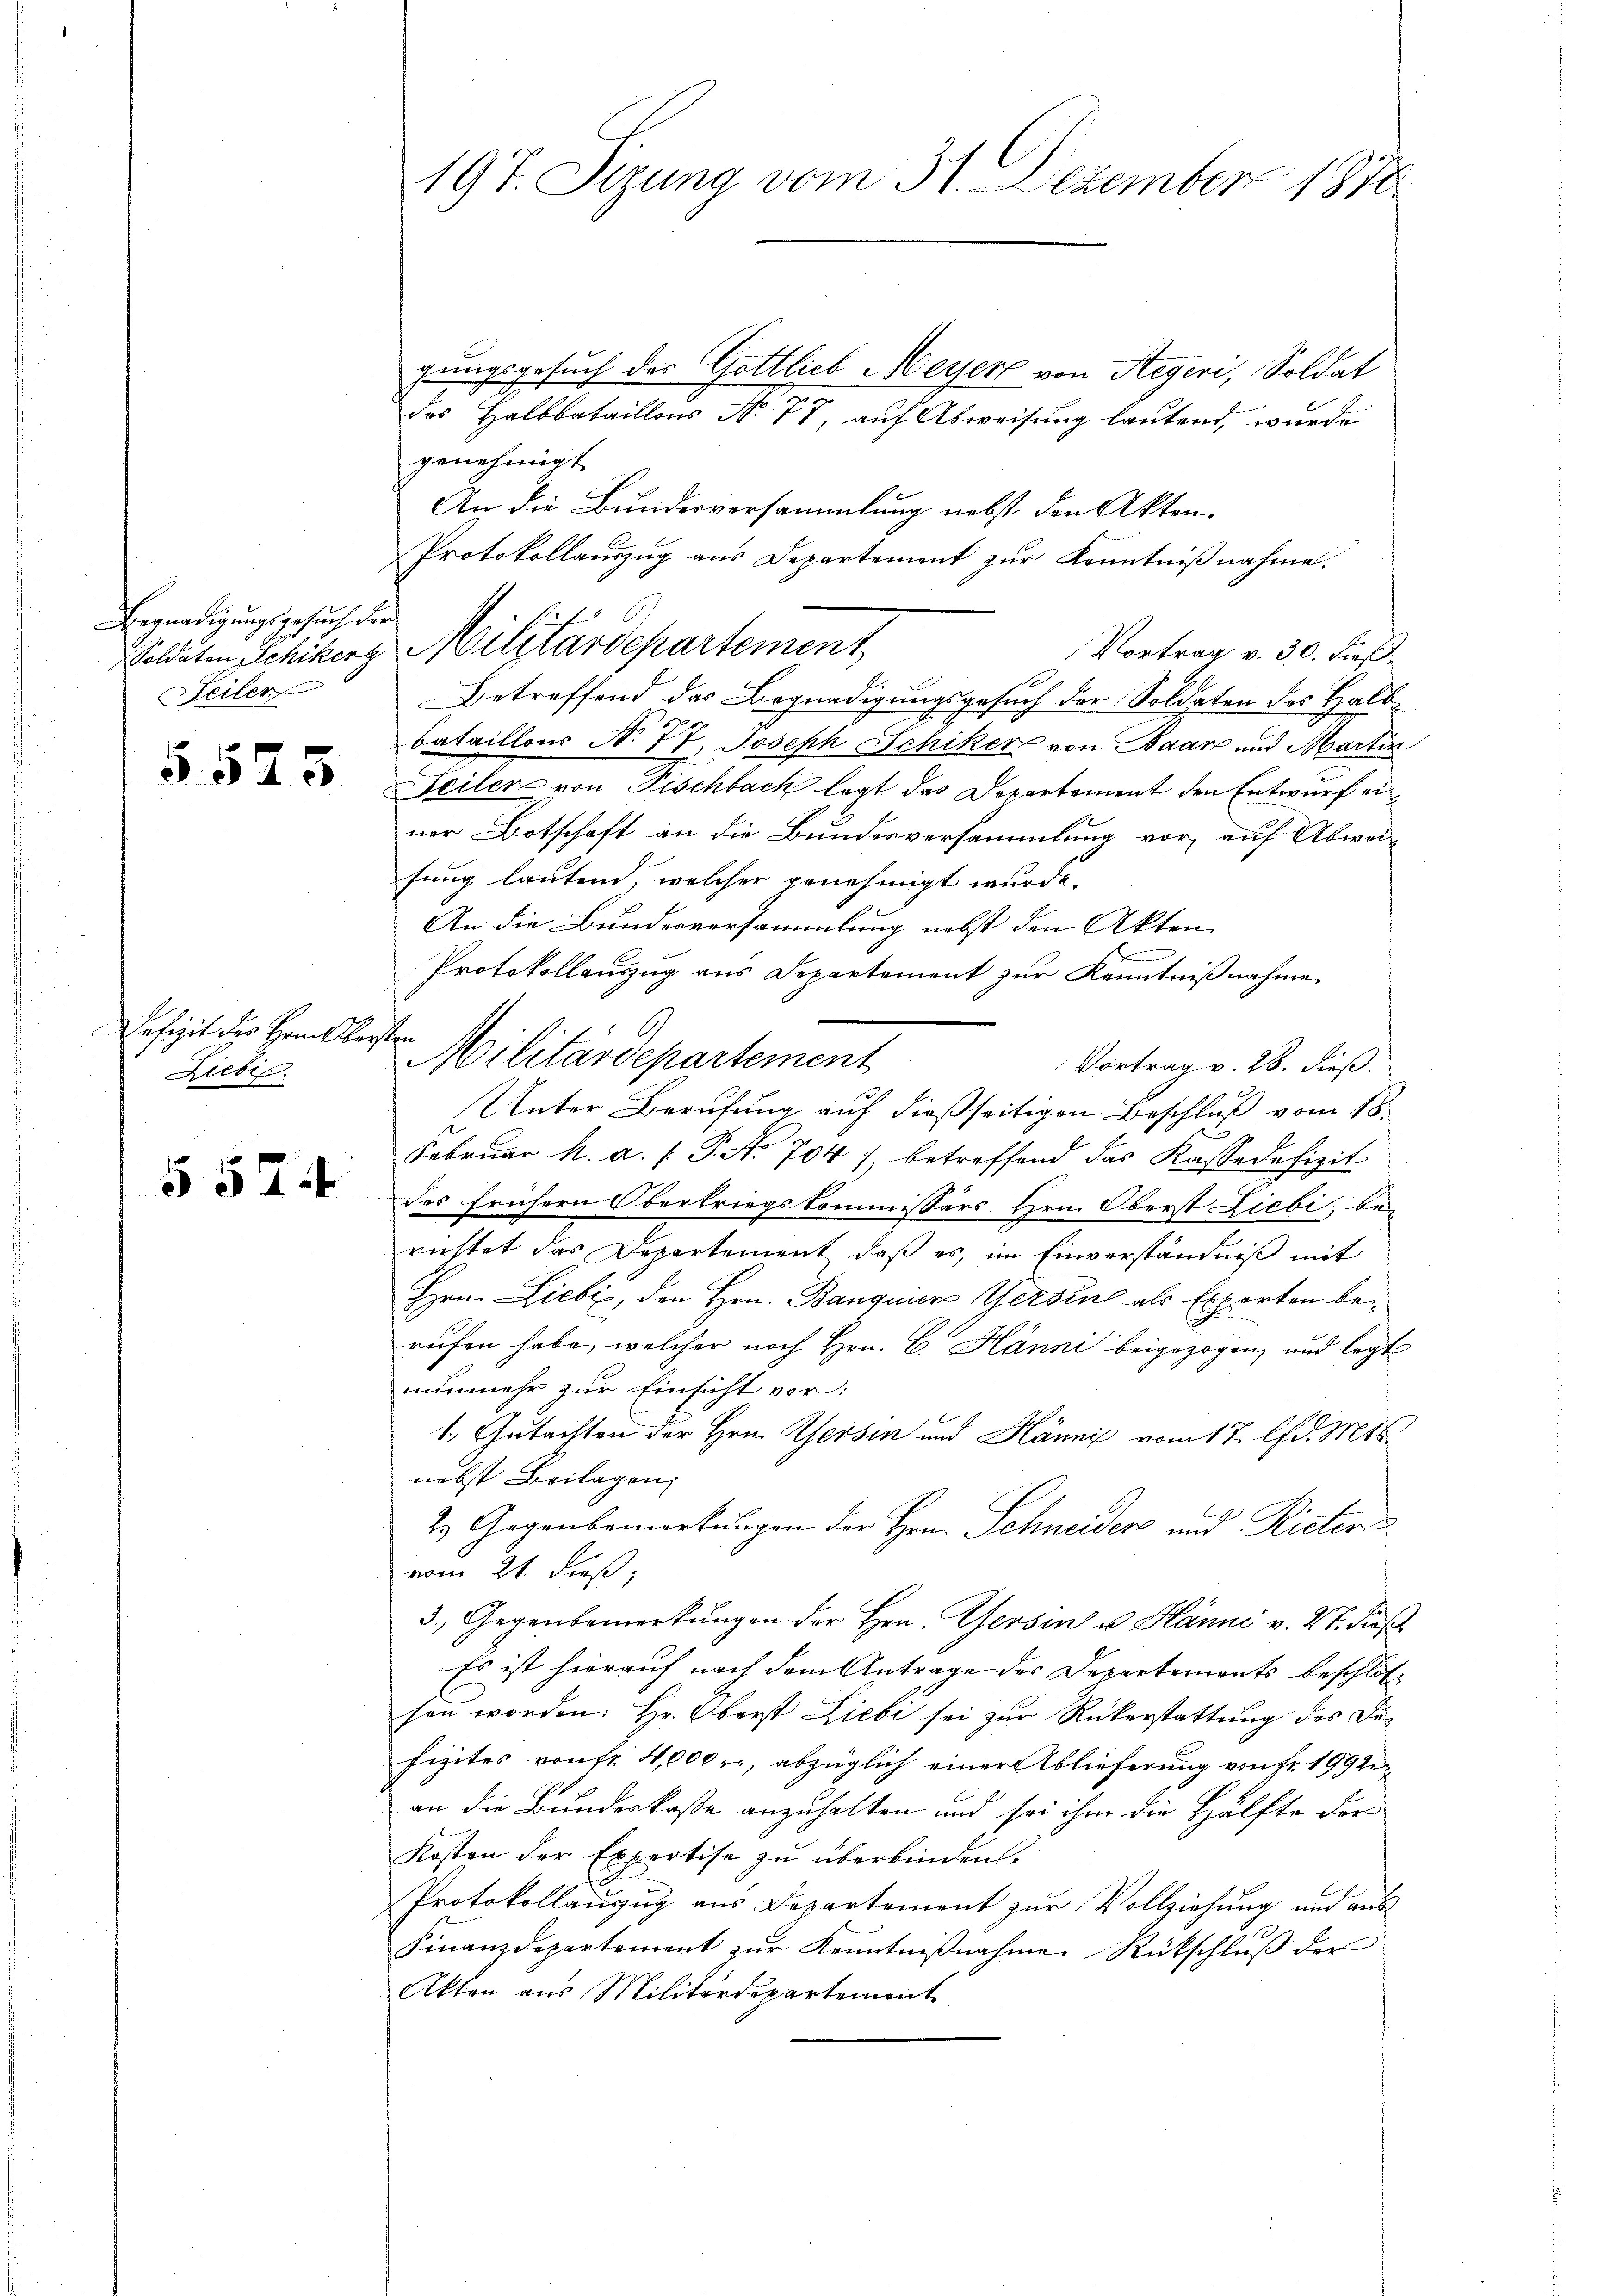
Begnadigungsgesuch der
Soldaten Schikerz
Seiler

5523

Defizit der Heils
Liebig.

§ 524

197. Sizung vom 31. Dezember 1870

gungsgesuch des Gottlieb Meyer von Hegeri, Soldat
des Halbbataillons No 77, auf Abweisung lautend, wurde
genehmigt
An die Bundesversammlung nebst den Akten.
Protokollauszug aus Departement zur Kenntnißnahme.
Militärdepartement
Vortrag v. 30. dieß
Betreffend das Begnadigungsgesuch der Soldaten des Halbbataillons No 77 Joseph Schiker von Baar und Martin
Seiler von Fischbach legt des Departement den Entwurf einer Botschaft an die Bundesversammlung vor auf Abweifung lautend, welcher genehmigt wurde.
An die Bundesversammlung nebst den Akten
n
.
Protokollauszug aus Departement zur Kenntnißnahme
n
Militärdepartement
Vortrag v. 28. dieß.
34
Unter Berufung auf dießseitigen Beschluß vom 18.
Februar h. a. f. P. No 704), betreffend das Kassadefizit
des frühern Obertriegskommissärs Hrn. Oberst Liebi, bei
richtet das Departement, daß es, im Einverständniß mit
Hrn. Liebe, den Hrn. Banquer Verbin als Exporten berufen habe, welcher noch Hrn. C. Hänni beigezogen, und legt
nunmehr zur Einsicht vor:
1. Gutachten der Hrn. Reisen und Hänni vom 17. d. Mts.
nebst Beilagen,
2. Gegenbemerkungen der Hrn. Schneiden und Rieters
vom 21. dieß,
3. Gegenbemerkungen der Hrn. Gersin u. Hänni v. 27. dieß
Es ist hierauf nach dem Antrage des Departements beschlos
sen worden: Hr. Oberst Liebi sei zur Rükerstattung des Defizites von fr. 4000 f., abzüglich einer Ablieferung von Fr. 1992
an die Bundeskasse anzuhalten und sei ihm die Hälfte der
Kosten der Expertise zu überbinden.
Protokollauszug aus Departement zur Vollziehung und aus
Finanzdepartement zŭr Kenntniβnahme Rückschlŭβ der
Akten aus Militärdepartement